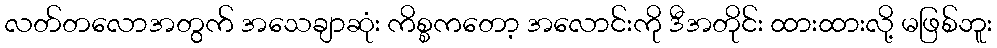
လတ်တလောအတွက် အသေချာဆုံး ကိစ္စကတော့ အလောင်းကို ဒီအတိုင်း ထားထားလို့ မဖြစ်ဘူး